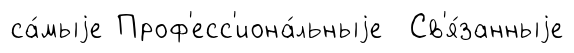
са́мыjе Проф'есс'иона́льныjе Св'я́занныjе